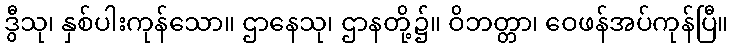
ဒွီသု၊ နှစ်ပါးကုန်သော။ ဌာနေသု၊ ဌာနတို့၌။ ဝိဘတ္တာ၊ ဝေဖန်အပ်ကုန်ပြီ။